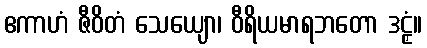
ဧကာဟံ ဇီဝိတံ သေယျော၊ ဝီရိယမာရဘတော ဒဠှံ။